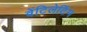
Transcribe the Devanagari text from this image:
वेंटिलेटिंग